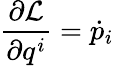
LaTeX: {\frac{\partial{\mathcal{L}}}{\partial q^{i}}}={\dot{p}}_{i}